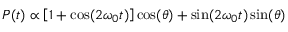
P ( t ) \propto \left[ 1 + \cos ( 2 \omega _ { 0 } t ) \right] \cos ( \theta ) + \sin ( 2 \omega _ { 0 } t ) \sin ( \theta )